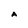
Character: A